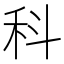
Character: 科